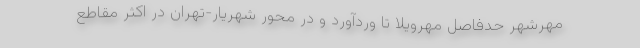
مهرشهر حدفاصل مهرویلا تا وردآورد و در محور شهریار-تهران در اکثر مقاطع